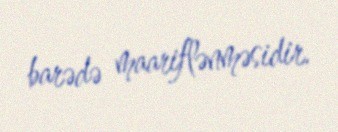
barədə maariflənməsidir.